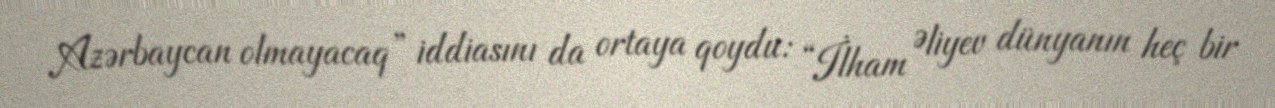
Azərbaycan olmayacaq” iddiasını da ortaya qoydu: “İlham Əliyev dünyanın heç bir